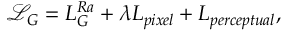
\mathcal { L } _ { G } = L _ { G } ^ { R a } + \lambda L _ { p i x e l } + L _ { p e r c e p t u a l } ,